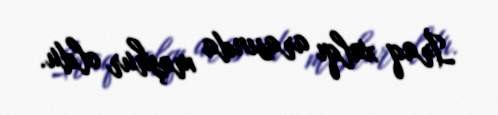
İraq xalqı arasında məşhur oldu.